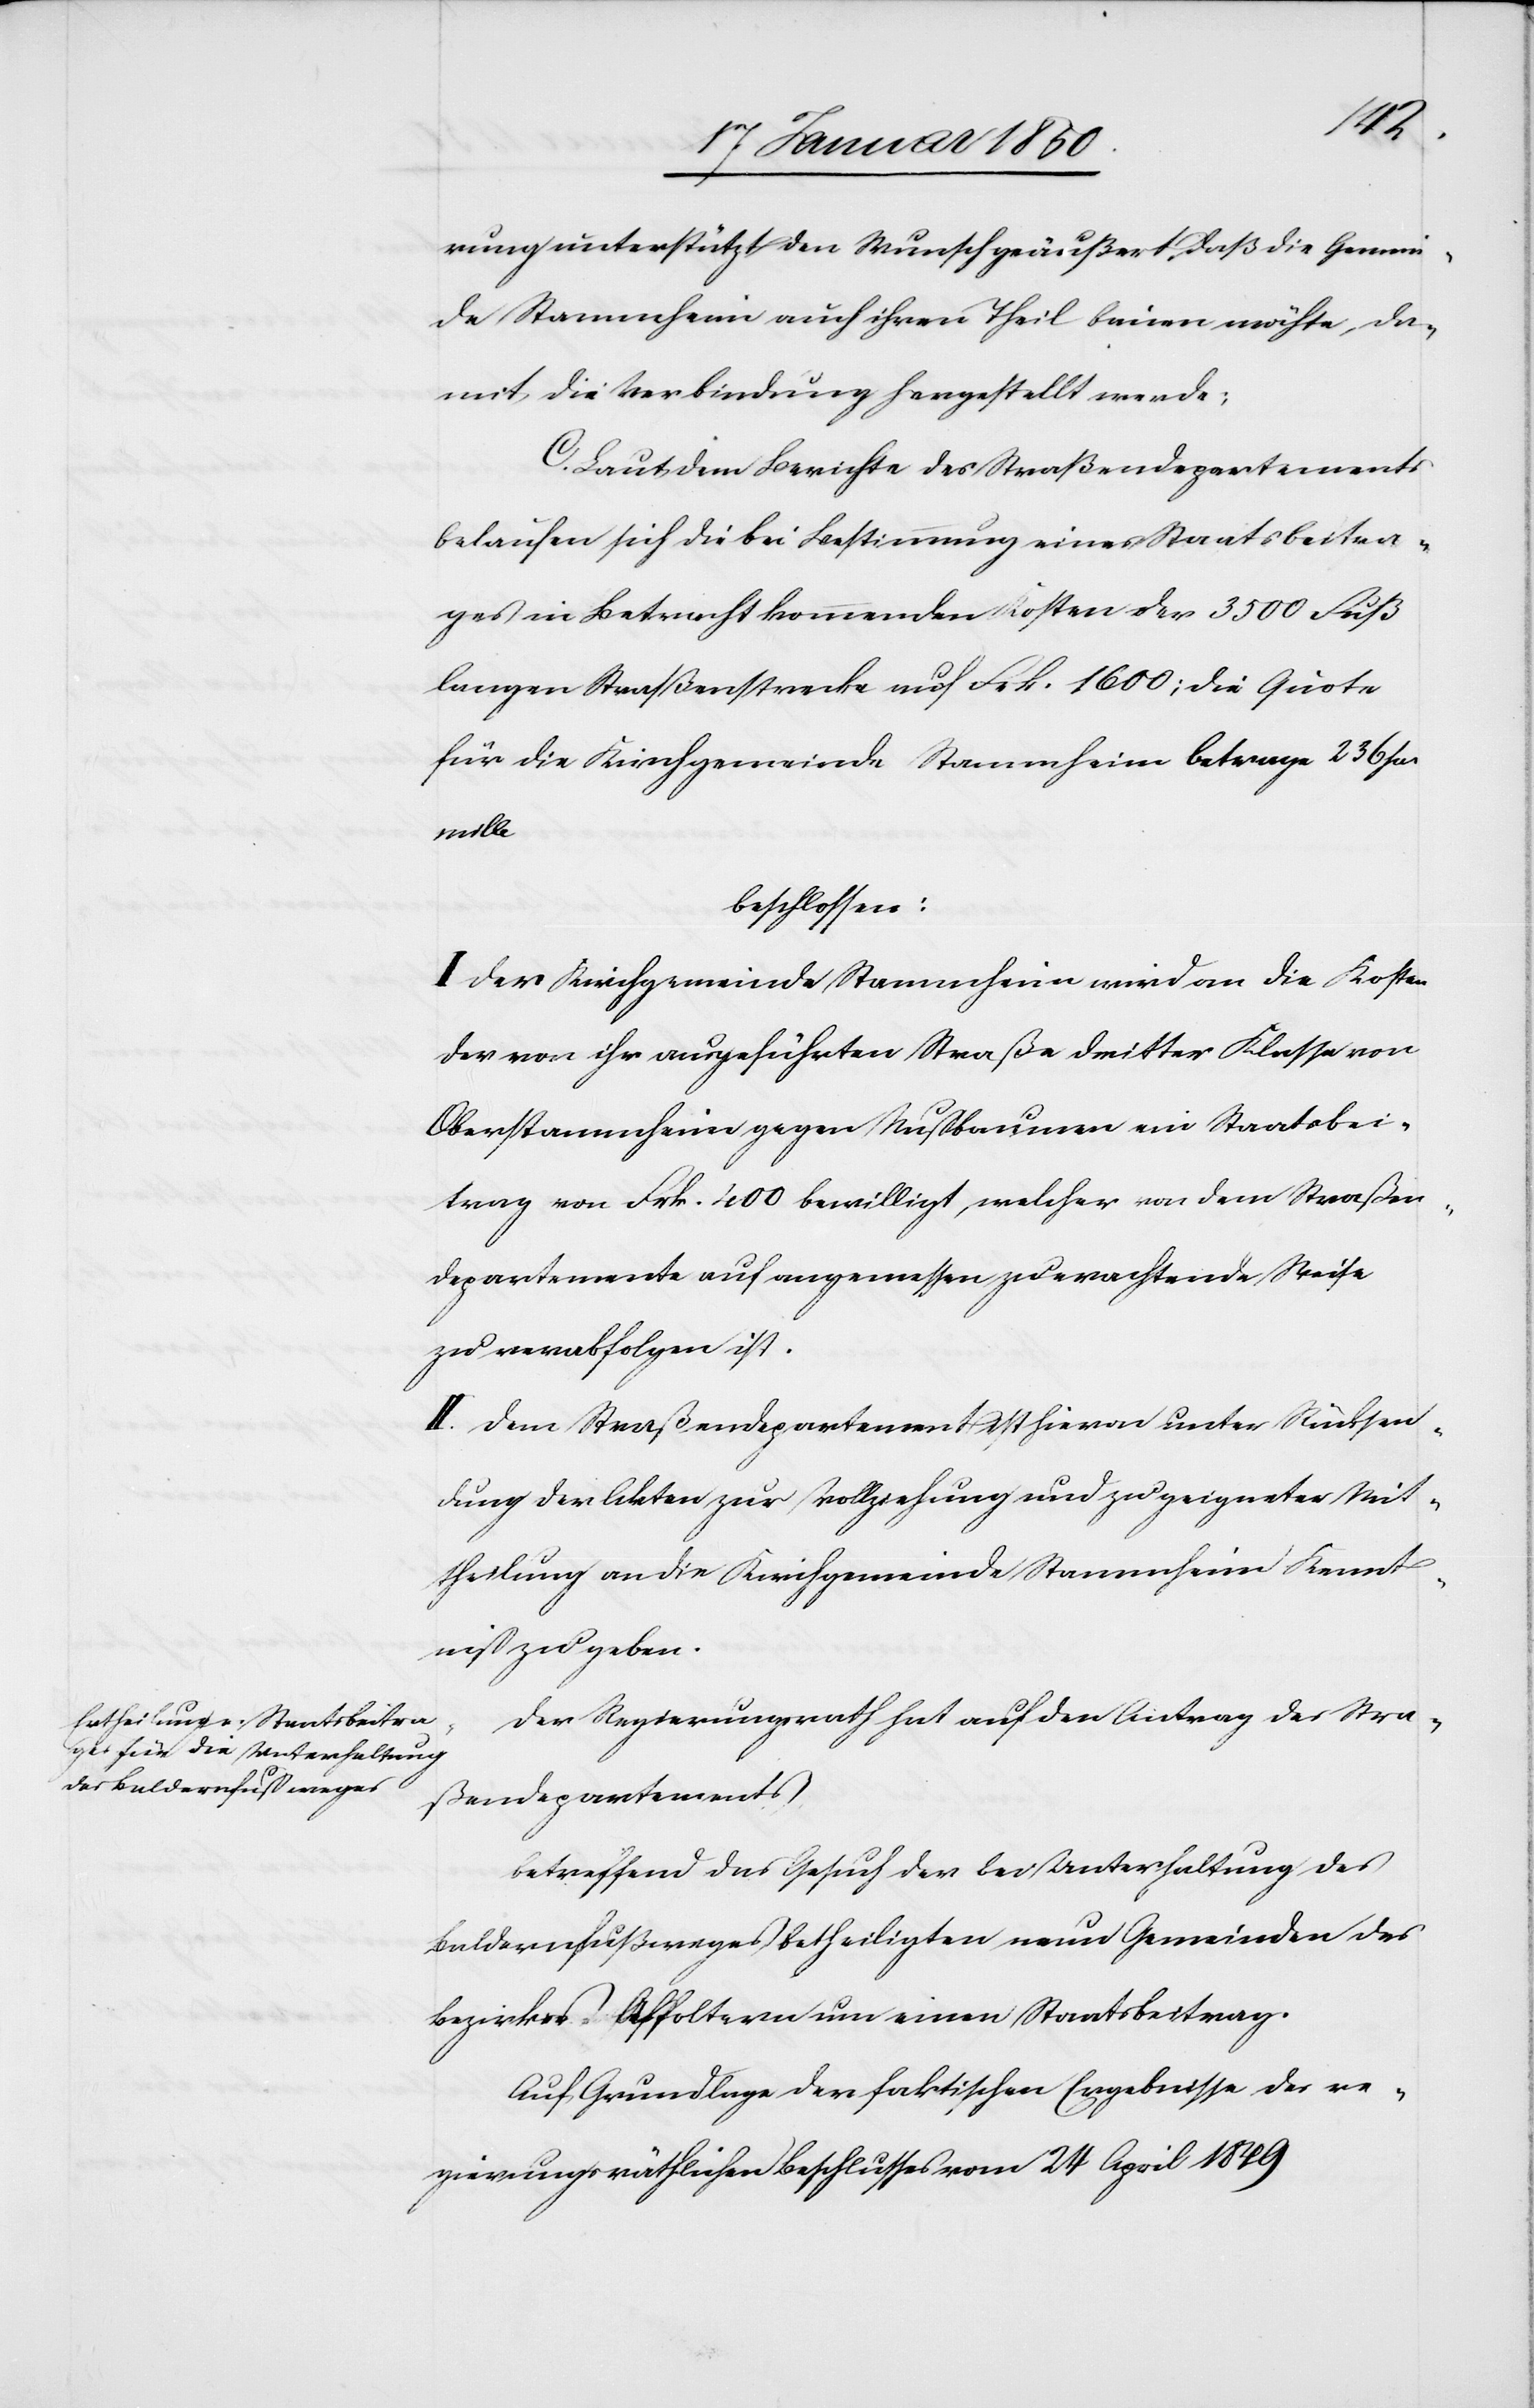
rung unterstützt den Wunsch geäußert, daß die Gemein¬
de Stammheim auch ihren Theil bauen möchte, da¬
mit die Verbindung hergestellt werde;
C. Laut dem Berichte des Straßendepartements
belaufen sich die bei Bestimmung eines Staatsbeitra¬
ges in Betracht kommenden Kosten der 3500 Fuß
langen Straßenstrecke auf Frk. 1600; die Quote
für die Kirchgemeinde Stammheim betrage 236 per
mille
beschlossen:
I. Der Kirchgemeinde Stammheim wird an die Kosten
der von ihr ausgeführten Straße dritter Klasse von
Oberstammheim gegen Nußbaumen ein Staatsbei¬
trag von Frk. 400 bewilligt, welcher von dem Straßen¬
departemente auf angemessen zu erachtende Weise
zu verabfolgen ist.
II. Dem Straßendepartement ist hievon unter Rücksen¬
dung der Akten zur Vollziehung und zu geeigneter Mit¬
theilung an die Kirchgemeinde Stammheim Kennt¬
niß zu geben.
Der Regierungsrath hat auf den Antrag des Stra¬
ßendepartements
betreffend das Gesuch der bei Unterhaltung des
Baldernfußweges betheiligten neun Gemeinden des
Bezirkes Affoltern um einen Staatsbeitrag.
Auf Grundlage der faktischen Ergebnisse des re¬
gierungsräthlichen Beschlusses vom 24 April 1849